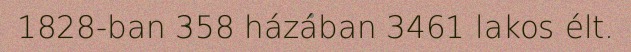
1828-ban 358 házában 3461 lakos élt.